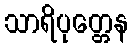
သာရိပုတ္တေန